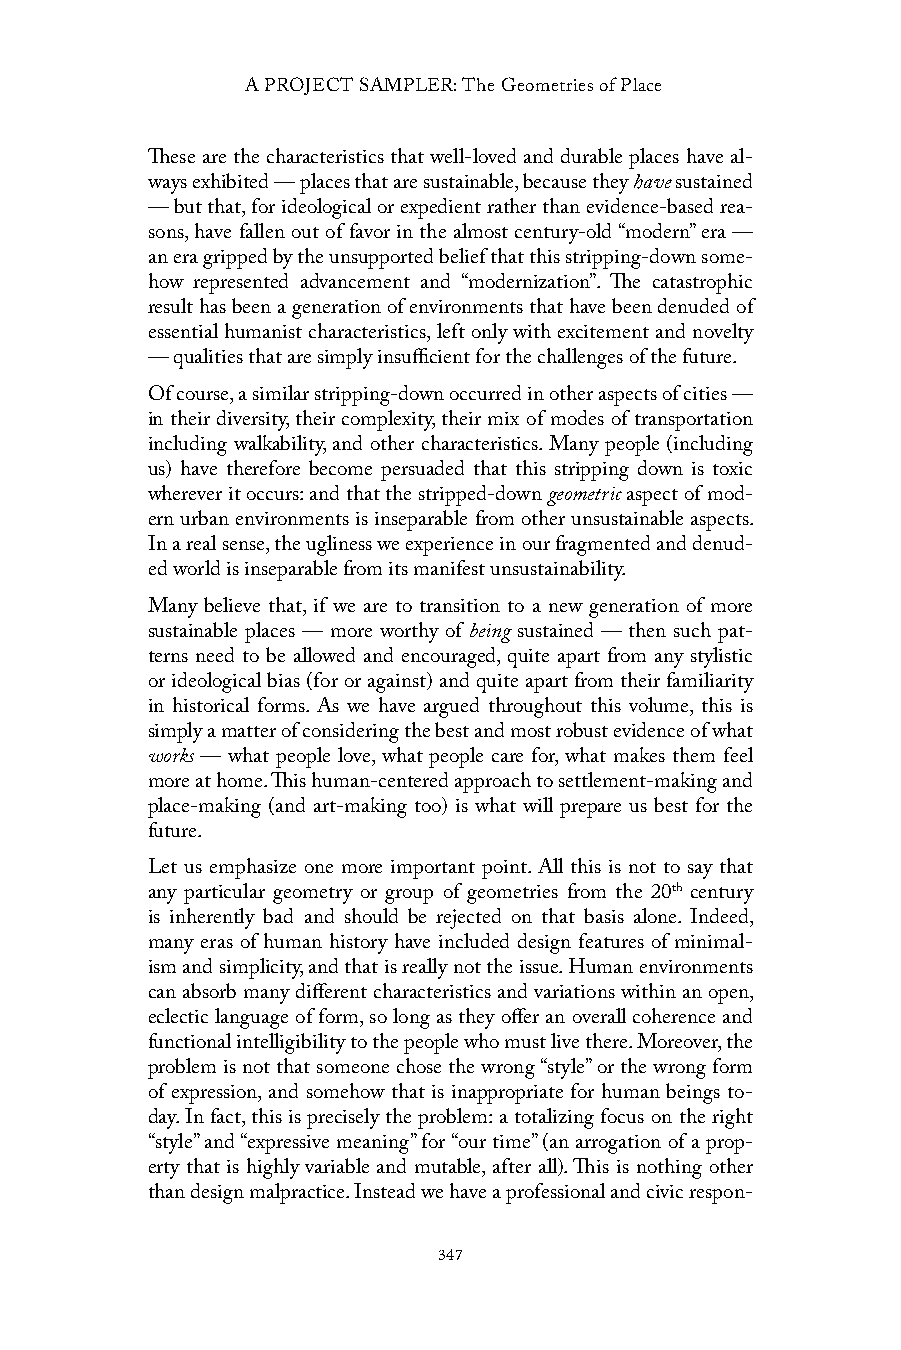
A PROJECT SAMPLER: The Geometries of Place
 These are the characteristics that well-loved and durable places have al-
 ways exhibited — places that are sustainable, because they have sustained
 — but that, for ideological or expedient rather than evidence-based rea-
 sons, have fallen out of favor in the almost century-old “modern” era —
 an era gripped by the unsupported belief that this stripping-down some-
 how represented advancement and “modernization”. The catastrophic
 result has been a generation of environments that have been denuded of
 essential humanist characteristics, left only with excitement and novelty
 — qualities that are simply insufficient for the challenges of the future.
 Of course, a similar stripping-down occurred in other aspects of cities —
 in their diversity, their complexity, their mix of modes of transportation
 including walkability, and other characteristics. Many people (including
 us) have therefore become persuaded that this stripping down is toxic
 wherever it occurs: and that the stripped-down geometric aspect of mod-
 ern urban environments is inseparable from other unsustainable aspects.
 In a real sense, the ugliness we experience in our fragmented and denud-
 ed world is inseparable from its manifest unsustainability.
 Many believe that, if we are to transition to a new generation of more
 sustainable places — more worthy of being sustained — then such pat-
 terns need to be allowed and encouraged, quite apart from any stylistic
 or ideological bias (for or against) and quite apart from their familiarity
 in historical forms. As we have argued throughout this volume, this is
 simply a matter of considering the best and most robust evidence of what
 works — what people love, what people care for, what makes them feel
 more at home. This human-centered approach to settlement-making and
 place-making (and art-making too) is what will prepare us best for the
 future.
 Let us emphasize one more important point. All this is not to say that
 any particular geometry or group of geometries from the 20th century
 is inherently bad and should be rejected on that basis alone. Indeed,
 many eras of human history have included design features of minimal-
 ism and simplicity, and that is really not the issue. Human environments
 can absorb many different characteristics and variations within an open,
 eclectic language of form, so long as they offer an overall coherence and
 functional intelligibility to the people who must live there. Moreover, the
 problem is not that someone chose the wrong “style” or the wrong form
 of expression, and somehow that is inappropriate for human beings to-
 day. In fact, this is precisely the problem: a totalizing focus on the right
 “style” and “expressive meaning” for “our time” (an arrogation of a prop-
 erty that is highly variable and mutable, after all). This is nothing other
 than design malpractice. Instead we have a professional and civic respon-
 347